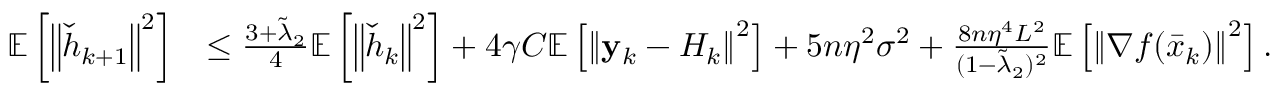
\begin{array} { r l } { \mathbb { E } \left[ \left\Vert \check { h } _ { k + 1 } \right\Vert ^ { 2 } \right] } & { \leq \frac { 3 + \tilde { \lambda } _ { 2 } } { 4 } \mathbb { E } \left[ \left\Vert \check { h } _ { k } \right\Vert ^ { 2 } \right] + 4 \gamma C \mathbb { E } \left[ \left\Vert \mathbf { y } _ { k } - H _ { k } \right\Vert ^ { 2 } \right] + 5 n \eta ^ { 2 } \sigma ^ { 2 } + \frac { 8 n \eta ^ { 4 } L ^ { 2 } } { ( 1 - \tilde { \lambda } _ { 2 } ) ^ { 2 } } \mathbb { E } \left[ \left\Vert \nabla f ( \bar { x } _ { k } ) \right\Vert ^ { 2 } \right] . } \end{array}